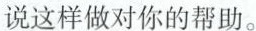
说这样做对你的帮助。